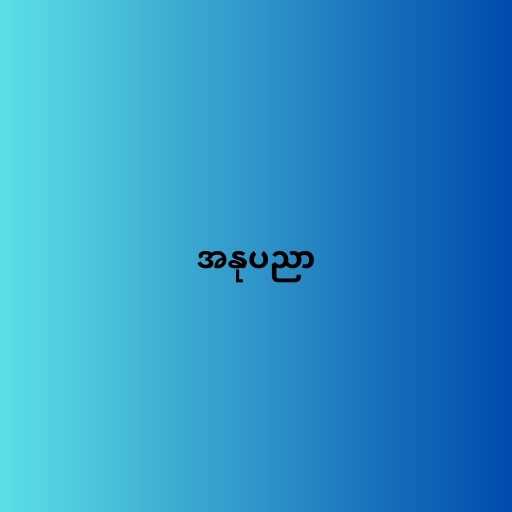
အနုပညာ